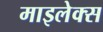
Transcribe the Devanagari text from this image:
माइलेक्स